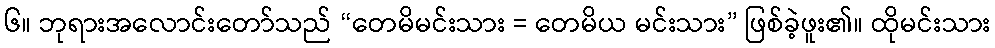
၆။ ဘုရားအလောင်းတော်သည် “တေမိမင်းသား = တေမိယ မင်းသား” ဖြစ်ခဲ့ဖူး၏။ ထိုမင်းသား